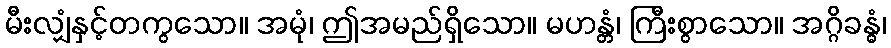
မီးလျှံနှင့်တကွသော။ အမုံ၊ ဤအမည်ရှိသော။ မဟန္တံ၊ ကြီးစွာသော။ အဂ္ဂိခန္ဓံ၊